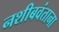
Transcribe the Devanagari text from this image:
नशीबवंताना